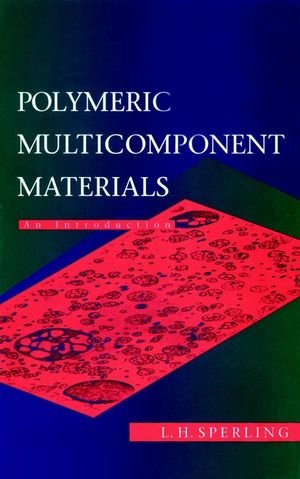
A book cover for Polymeric Multicomponent Materials: An Introduction; L. H. Sperling; Science & Math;